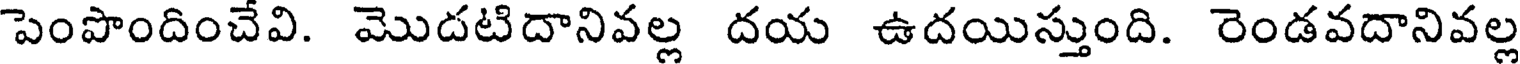
పెంపొందించేవి. మొదటిదానివల్ల దయ ఉదయిస్తుంది. రెండవదానివల్ల